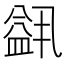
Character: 𬐭